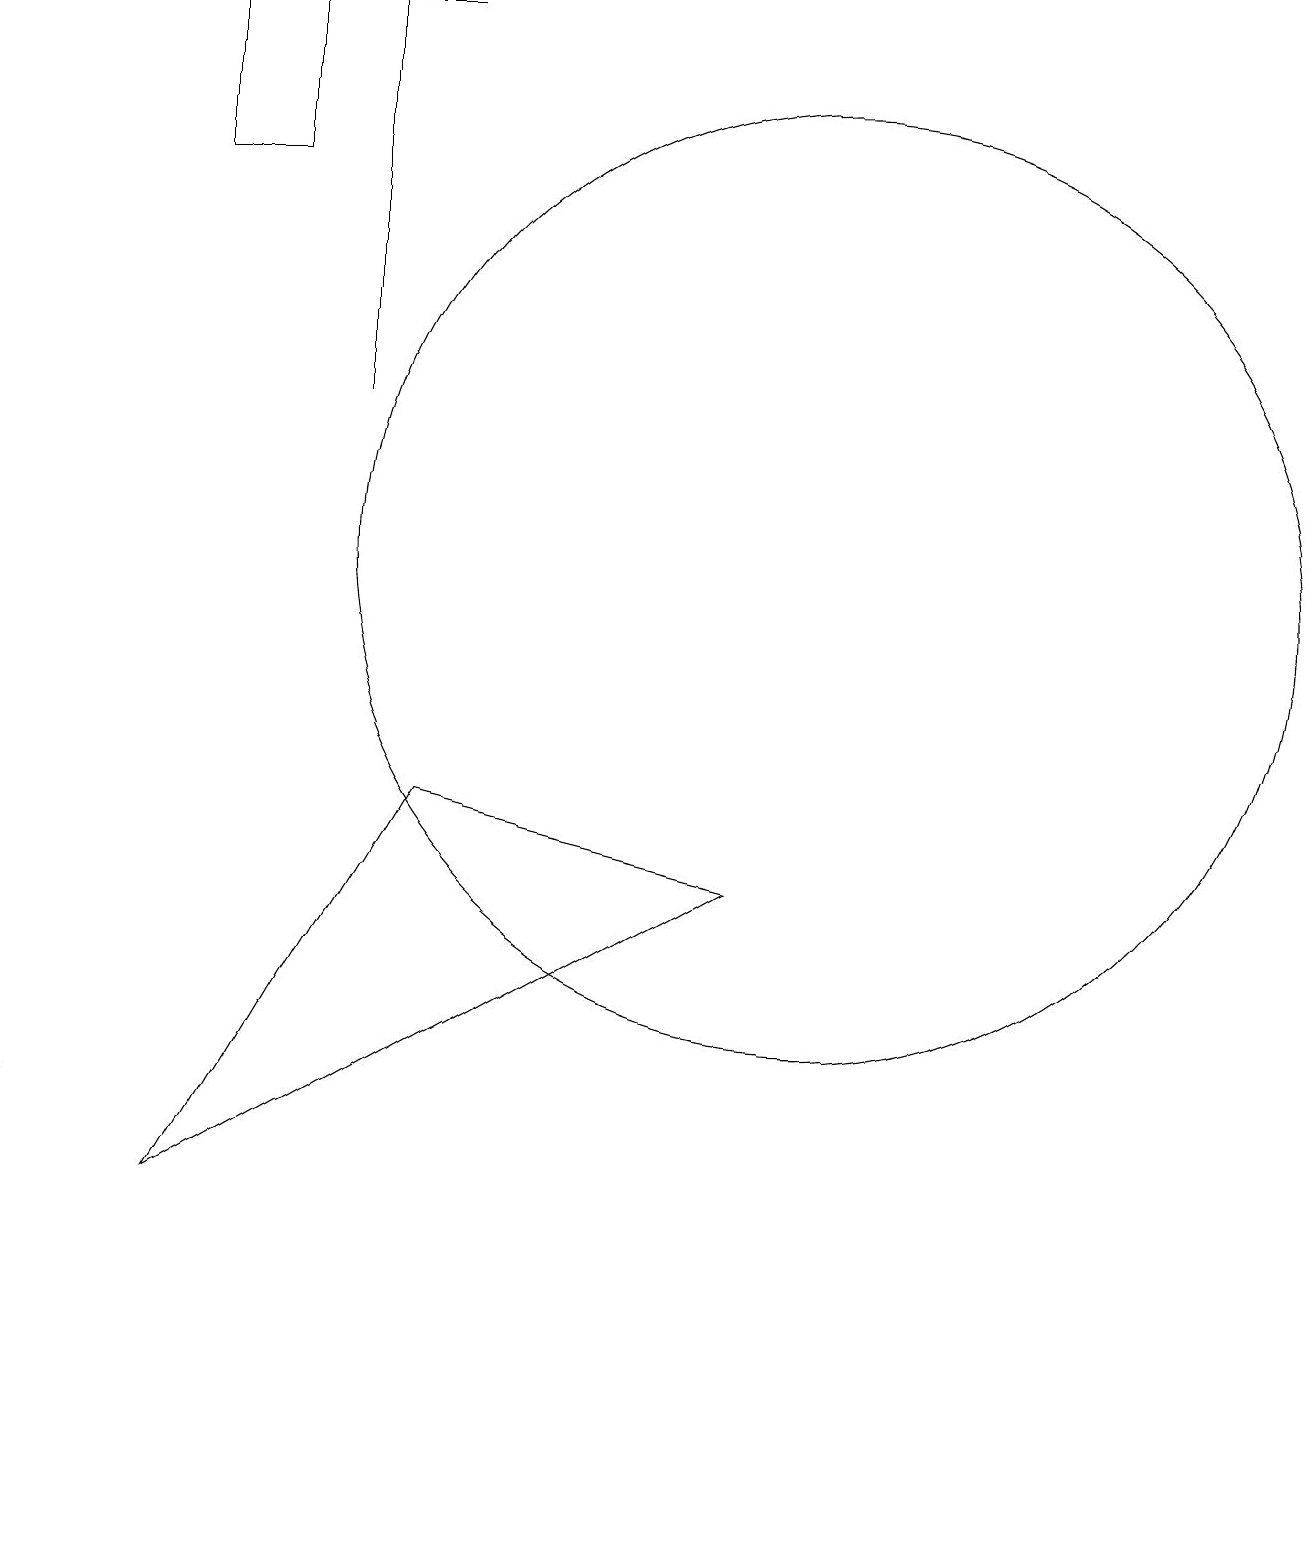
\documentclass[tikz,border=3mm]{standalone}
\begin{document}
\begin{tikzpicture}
\draw (4,14) rectangle (4,19);
\draw (10,12) circle (6);
\draw (4,19) rectangle (5,19);
\draw (3,19) rectangle (2,17);
\draw (0,4) -- (0,5) -- (0,0) -- cycle;
\draw (2,4) -- (5,9) -- (9,8) -- cycle;
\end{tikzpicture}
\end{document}